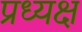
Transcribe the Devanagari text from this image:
प्रध्यक्ष